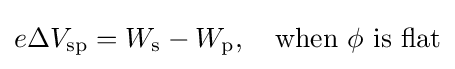
e\Delta V_{\rm {sp}}=W_{\rm {s}}-W_{\rm {p}},\quad {\text{when}}~\phi ~{\text{is flat}}